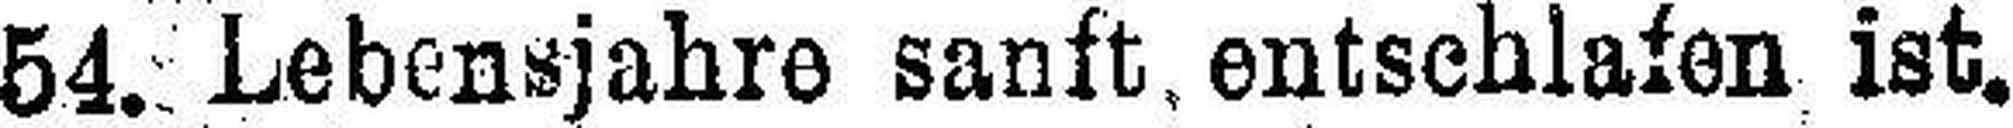
54. Lebensjahre sanft, entschlafen ist.